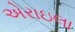
એરાઇલા